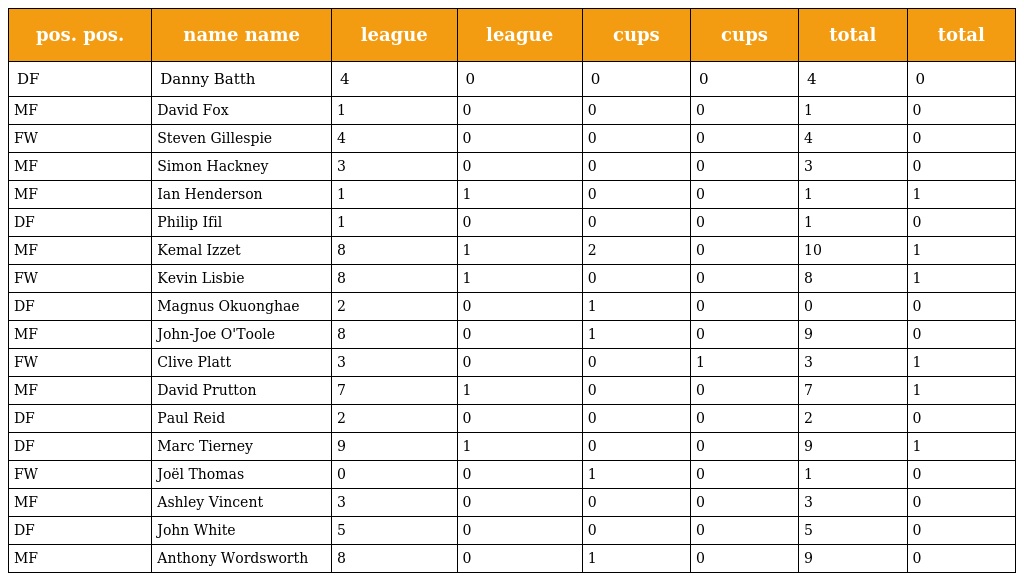
| pos. pos. | name name | league | league | cups | cups | total | total |
 | --- | --- | --- | --- | --- | --- | --- | --- |
 | DF | Danny Batth | 4 | 0 | 0 | 0 | 4 | 0 |
 | MF | David Fox | 1 | 0 | 0 | 0 | 1 | 0 |
 | FW | Steven Gillespie | 4 | 0 | 0 | 0 | 4 | 0 |
 | MF | Simon Hackney | 3 | 0 | 0 | 0 | 3 | 0 |
 | MF | Ian Henderson | 1 | 1 | 0 | 0 | 1 | 1 |
 | DF | Philip Ifil | 1 | 0 | 0 | 0 | 1 | 0 |
 | MF | Kemal Izzet | 8 | 1 | 2 | 0 | 10 | 1 |
 | FW | Kevin Lisbie | 8 | 1 | 0 | 0 | 8 | 1 |
 | DF | Magnus Okuonghae | 2 | 0 | 1 | 0 | 0 | 0 |
 | MF | John-Joe O'Toole | 8 | 0 | 1 | 0 | 9 | 0 |
 | FW | Clive Platt | 3 | 0 | 0 | 1 | 3 | 1 |
 | MF | David Prutton | 7 | 1 | 0 | 0 | 7 | 1 |
 | DF | Paul Reid | 2 | 0 | 0 | 0 | 2 | 0 |
 | DF | Marc Tierney | 9 | 1 | 0 | 0 | 9 | 1 |
 | FW | Joël Thomas | 0 | 0 | 1 | 0 | 1 | 0 |
 | MF | Ashley Vincent | 3 | 0 | 0 | 0 | 3 | 0 |
 | DF | John White | 5 | 0 | 0 | 0 | 5 | 0 |
 | MF | Anthony Wordsworth | 8 | 0 | 1 | 0 | 9 | 0 |